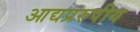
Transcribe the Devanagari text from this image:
आद्यप्ररुपीय